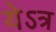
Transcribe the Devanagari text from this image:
येऽत्र